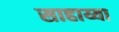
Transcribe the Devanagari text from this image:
साहाय्या